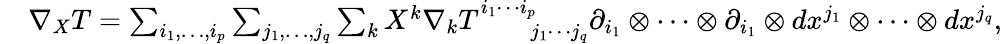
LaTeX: \begin{array}{rl}&{\nabla_{X}T=\sum_{i_{1},\dots,i_{p}}\sum_{j_{1},\dots,j_{q}}\sum_{k}X^{k}\nabla_{k}T_{\phantom{i_{1}\cdots i_{p}}j_{1}\cdots j_{q}}^{i_{1}\cdots i_{p}}\partial_{i_{1}}\otimes\cdots\otimes\partial_{i_{1}}\otimes dx^{j_{1}}\otimes\cdots\otimes dx^{j_{q}},}\end{array}